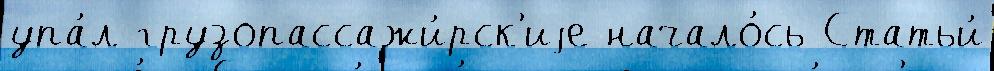
упа́л грузопассажи́рск'иjе начало́сь Статьи́